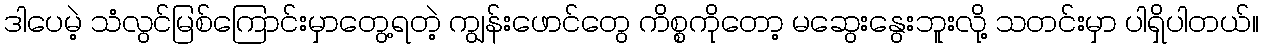
ဒါပေမဲ့ သံလွင်မြစ်ကြောင်းမှာတွေ့ရတဲ့ ကျွန်းဖောင်တွေ ကိစ္စကိုတော့ မဆွေးနွေးဘူးလို့ သတင်းမှာ ပါရှိပါတယ်။